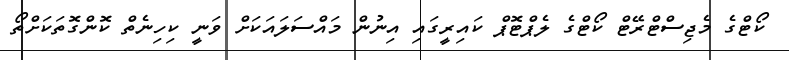
ކޯޓްގެ މެޖިސްޓްރޭޓް ކޯޓްގެ ލެޕްޓޮޕް ކައިރީގައި އިނުން މައްސަލައަކަށް ވަނީ ކިހިނެތް ކޮންގޮތަކަށްތޯ